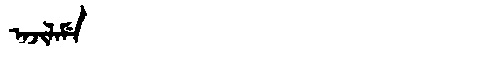
Manchu: ᠠᠵᡳᠯᠠᠮᡝ
Romanization: AJILAME